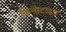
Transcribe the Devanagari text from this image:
फिनोटाइप